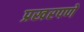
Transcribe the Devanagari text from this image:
प्रखरपणे